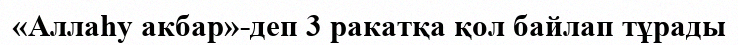
«Аллаһу акбар»-деп 3 ракатқа қол байлап тұрады